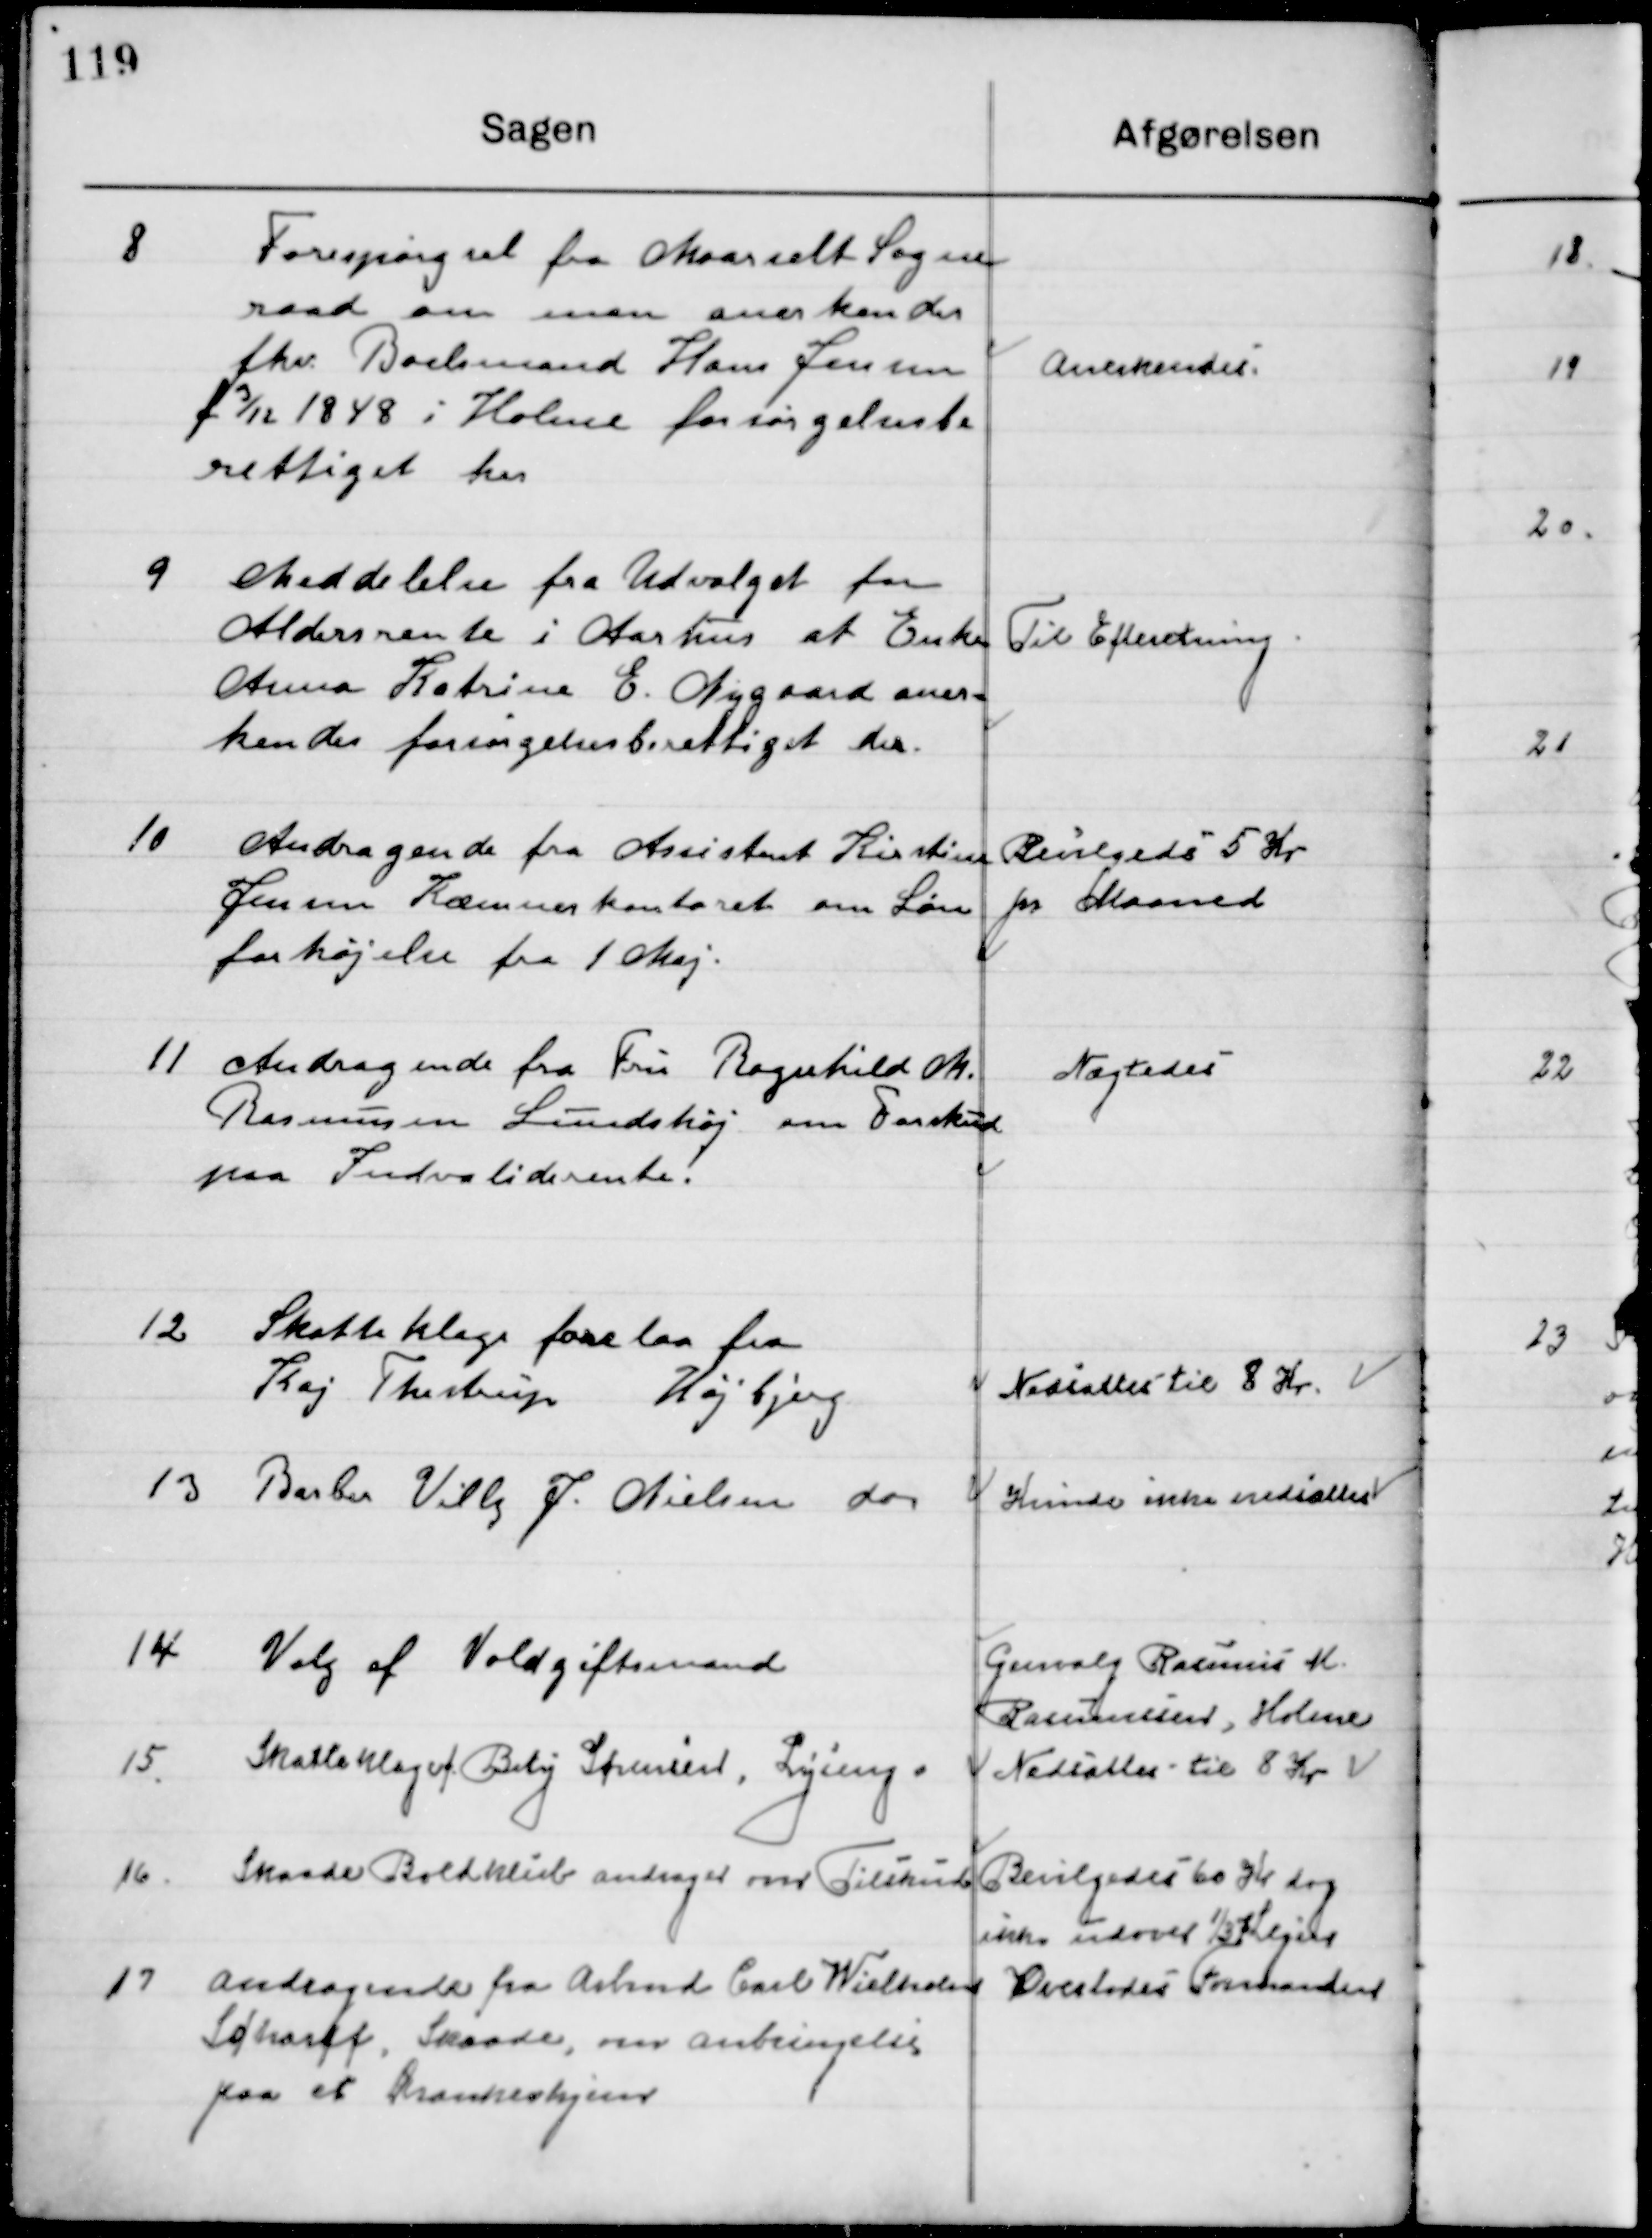
Transskription:
8

Forespørgsel fra Maarslet Sogne-
raad om man anerkender 
fhv. Boelsmand Hans Jensen
f. 3/12 1848 i Holme forsørgelsesbe- 
rettiget her.

Anerkendes

9

Meddelelse fra Udvalget for
Aldersrente i Aarhus at Enke
Anna Katrine E. Nygaard aner-
kendes forsørgelsesberettiget der.

Til Efterretning

10

Andragende fra Assistent Kirstine 
Jensen Kæmnerkontoret om Løn-
Forhøjelse fra 1 Maj.

Bevilgedes 5 Kr.  
pr. Maaned

11

Andragende fra Fru Ragnhild M.
Rasmussen Lundshøj om Tilskud
paa Invaliderente.

Nægtedes

12

Skatteklage forelaa fra
Kaj Thostrup Højbjerg

Nedsættes til 8 Kr.

13

Barber Villy J. Nielsen do

Kunde ikke nedsættes

14

Valg af Voldgiftsmand

Genvalg Rasmus M.
Rasmussen, Holme

15

Skatteklage af Bety Sørensen, Saralyst

Nedsættes til 8 Kr.

16

Skaade Boldklub andrager om Tilskud

Bevilgedes 60 Kr. dog
Ikke udover ⅓ Kegier

17

Andragende fra Arbmd. Carl Wilhelm
Schaft, Skaade, om anbringelse
paa et Drankerhjem

Overlodes Formanden